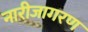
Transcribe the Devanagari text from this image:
नारीजागरण